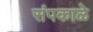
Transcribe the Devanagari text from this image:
संपकाळे